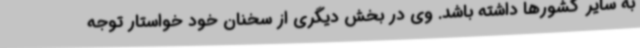
به سایر کشورها داشته باشد. وی در بخش دیگری از سخنان خود خواستار توجه